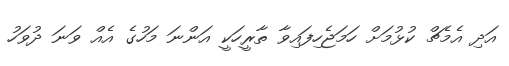
އަދި އެމެޗް ކުޅުމަށް ހަމަޖެހިފައިވާ ތާރީހަކީ އަންނަ މަހުގެ އެއް ވަނަ ދުވަހު